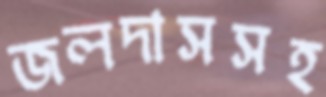
জলদাসসহ